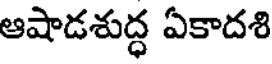
ఆషాడశుద్ధ ఏకాదశి